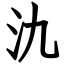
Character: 氿